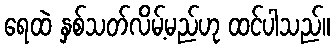
ရေထဲ နှစ်သတ်လိမ့်မည်ဟု ထင်ပါသည်။